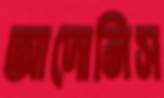
আদোনিস